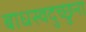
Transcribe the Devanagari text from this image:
बाधस्वदुच्छुना